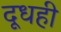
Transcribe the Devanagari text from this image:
दूधही